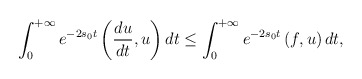
\begin{align*} \int_{0}^{+\infty} e^{-2s_0 t} \left(\frac{d u}{dt},u\right)dt \leq \int_{0}^{+\infty} e^{-2s_0 t} \left(f,u\right)dt, \end{align*}